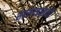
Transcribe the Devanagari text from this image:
सरसगडासाठी